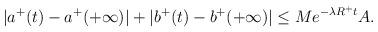
LaTeX: \begin{align*}|a^+(t)-a^+(+\infty)|+|b^+(t)-b^+(+\infty)| \leq Me^{-\lambda R^+t}A.\end{align*}